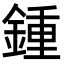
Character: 鍾